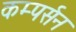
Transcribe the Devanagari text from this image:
कम्पर्सन